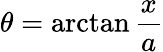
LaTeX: \theta=\arctan{\frac{x}{a}}